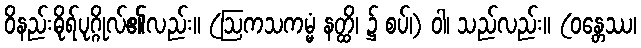
ဝိနည်းဓိုရ်ပုဂ္ဂိုလ်၏လည်း။ (ဩကသကမ္မံ နတ္ထိ၊ ၌ စပ်၊) ဝါ၊ သည်လည်း။ (ဝန္တေဿ၊